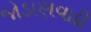
જોડાણવાદી